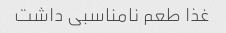
غذا طعم نامناسبی داشت